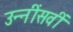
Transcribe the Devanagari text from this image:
उन्नींसवीं